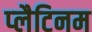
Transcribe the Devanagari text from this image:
प्‍लैटिनम